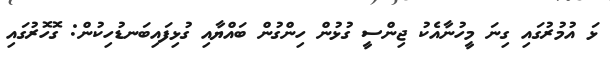
ޅަ އުމުރުގައި ގިނަ މީހުނާއެކު ޖިންސީ ގުޅުން ހިންގުން ބައްޔާއި ގުޅިފައިބަނޑުހިކުން: ގޮހޮރުގައި